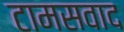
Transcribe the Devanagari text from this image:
टामसवाद